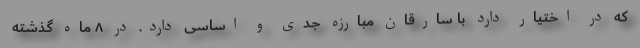
که در اختیار دارد با سارقان مبارزه جدی و اساسی دارد. در ۸ ماه گذشته